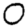
Digit: 0